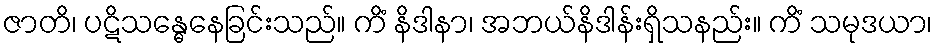
ဇာတိ၊ ပဋိသန္ဓေနေခြင်းသည်။ ကိံ နိဒါနာ၊ အဘယ်နိဒါန်းရှိသနည်း။ ကိံ သမုဒယာ၊